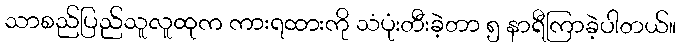
သာစည်ပြည်သူလူထုက ကားရထားကို သံပုံးတီးခဲ့တာ ၅ နာရီကြာခဲ့ပါတယ်။